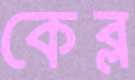
কেব্ল